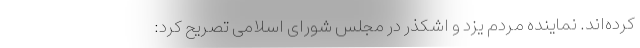
کرده‌اند. نماینده مردم یزد و اشکذر در مجلس شورای اسلامی تصریح کرد: